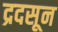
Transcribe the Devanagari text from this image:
द्रदसून